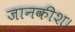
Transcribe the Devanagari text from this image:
जानकीश।